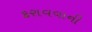
કરાવવાની